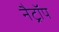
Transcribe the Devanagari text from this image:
नैट्रॉप